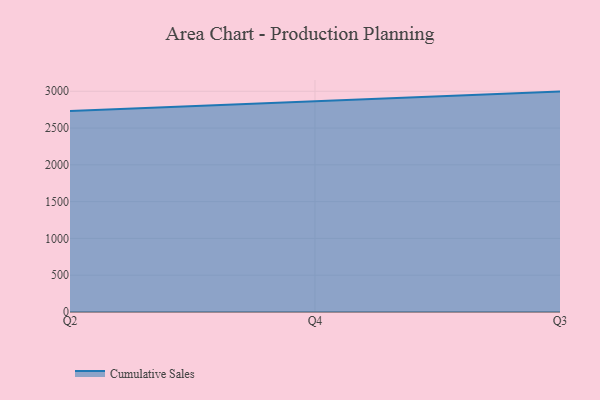
{"axis": {"x": "Quarter", "y": "Budget (USD K)"}, "legend": ["Cumulative Sales"], "data": [{"x": "Q2", "y": 2732.5, "type": "Cumulative Sales"}, {"x": "Q4", "y": 2868.5, "type": "Cumulative Sales"}, {"x": "Q3", "y": 2995.3, "type": "Cumulative Sales"}]}